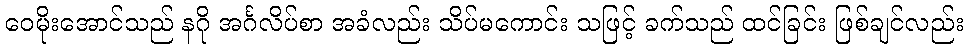
ဝေမိုးအောင်သည် နဂို အင်္ဂလိပ်စာ အခံလည်း သိပ်မကောင်း သဖြင့် ခက်သည် ထင်ခြင်း ဖြစ်ချင်လည်း